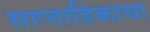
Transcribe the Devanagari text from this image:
साप्‍ताहिकाचा